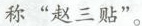
称”赵三贴”。